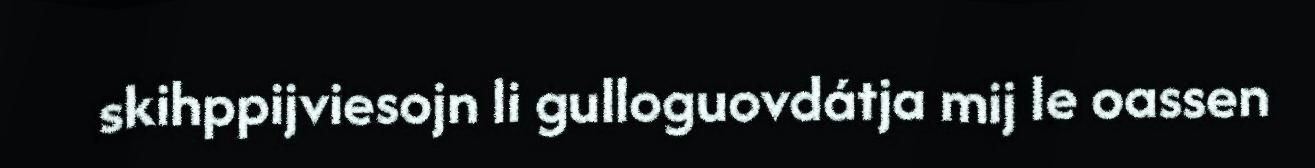
skihppijviesojn li gulloguovdátja mij le oassen